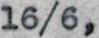
16/6,